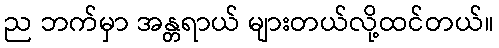
ည ဘက်မှာ အန္တရာယ် များတယ်လို့ထင်တယ်။